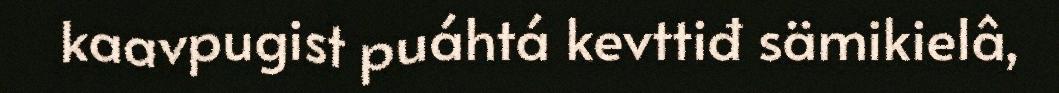
kaavpugist puáhtá kevttiđ sämikielâ,